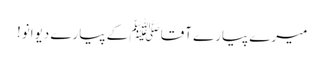
میرے پیارے آقا ﷺ کے پیارے دیوانو!